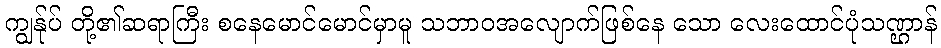
ကျွန်ုပ် တို့၏ဆရာကြီး စနေမောင်မောင်မှာမူ သဘာဝအလျောက်ဖြစ်နေ သော လေးထောင်ပုံသဏ္ဌာန်